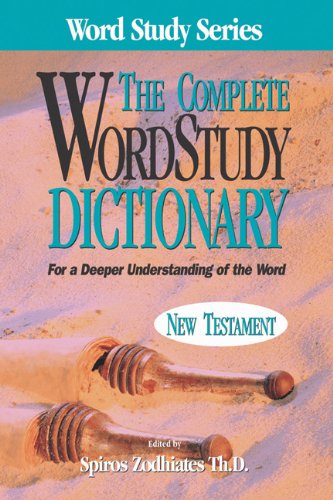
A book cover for Complete Word Study Dictionary: New Testament (Word Study Series); Christian Books & Bibles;